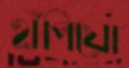
হাঁপিয়ো